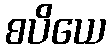
စပိယေ